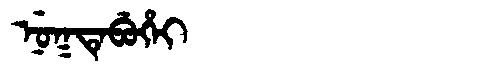
Manchu: ᠨᡠᡴᡨᡝᠪᡠᡥᡝᡳ
Romanization: NUKTEBUHEI